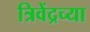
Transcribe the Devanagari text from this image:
त्रिवेंद्रच्या